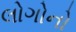
લોગોનો